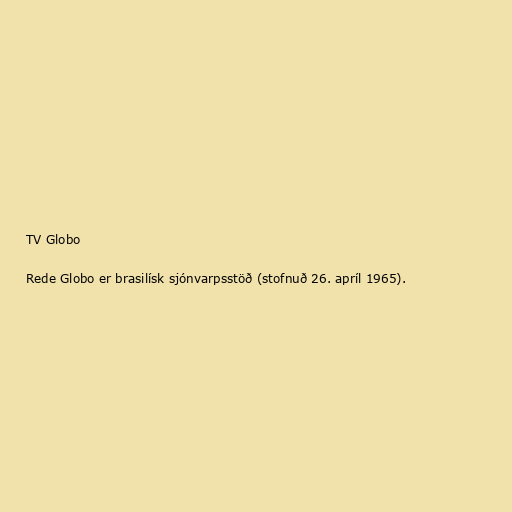
TV Globo

Rede Globo er brasilísk sjónvarpsstöð (stofnuð 26. apríl 1965).